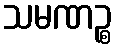
သမဏဉ္စ